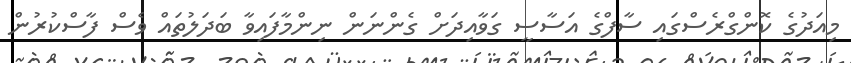
މިއަދުގެ ކޮންގްރެސްގައި ސާފްގެ އަސާސީ ގަވާއިދަށް ގެންނަން ނިންމާފައިވާ ބަދަލުތައް ވެސް ފާސްކުރުން